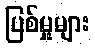
ပြစ်မှုများ